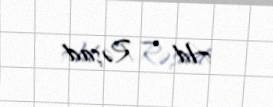
Ad — Rəşad